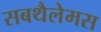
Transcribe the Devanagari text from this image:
सबथैलेमस